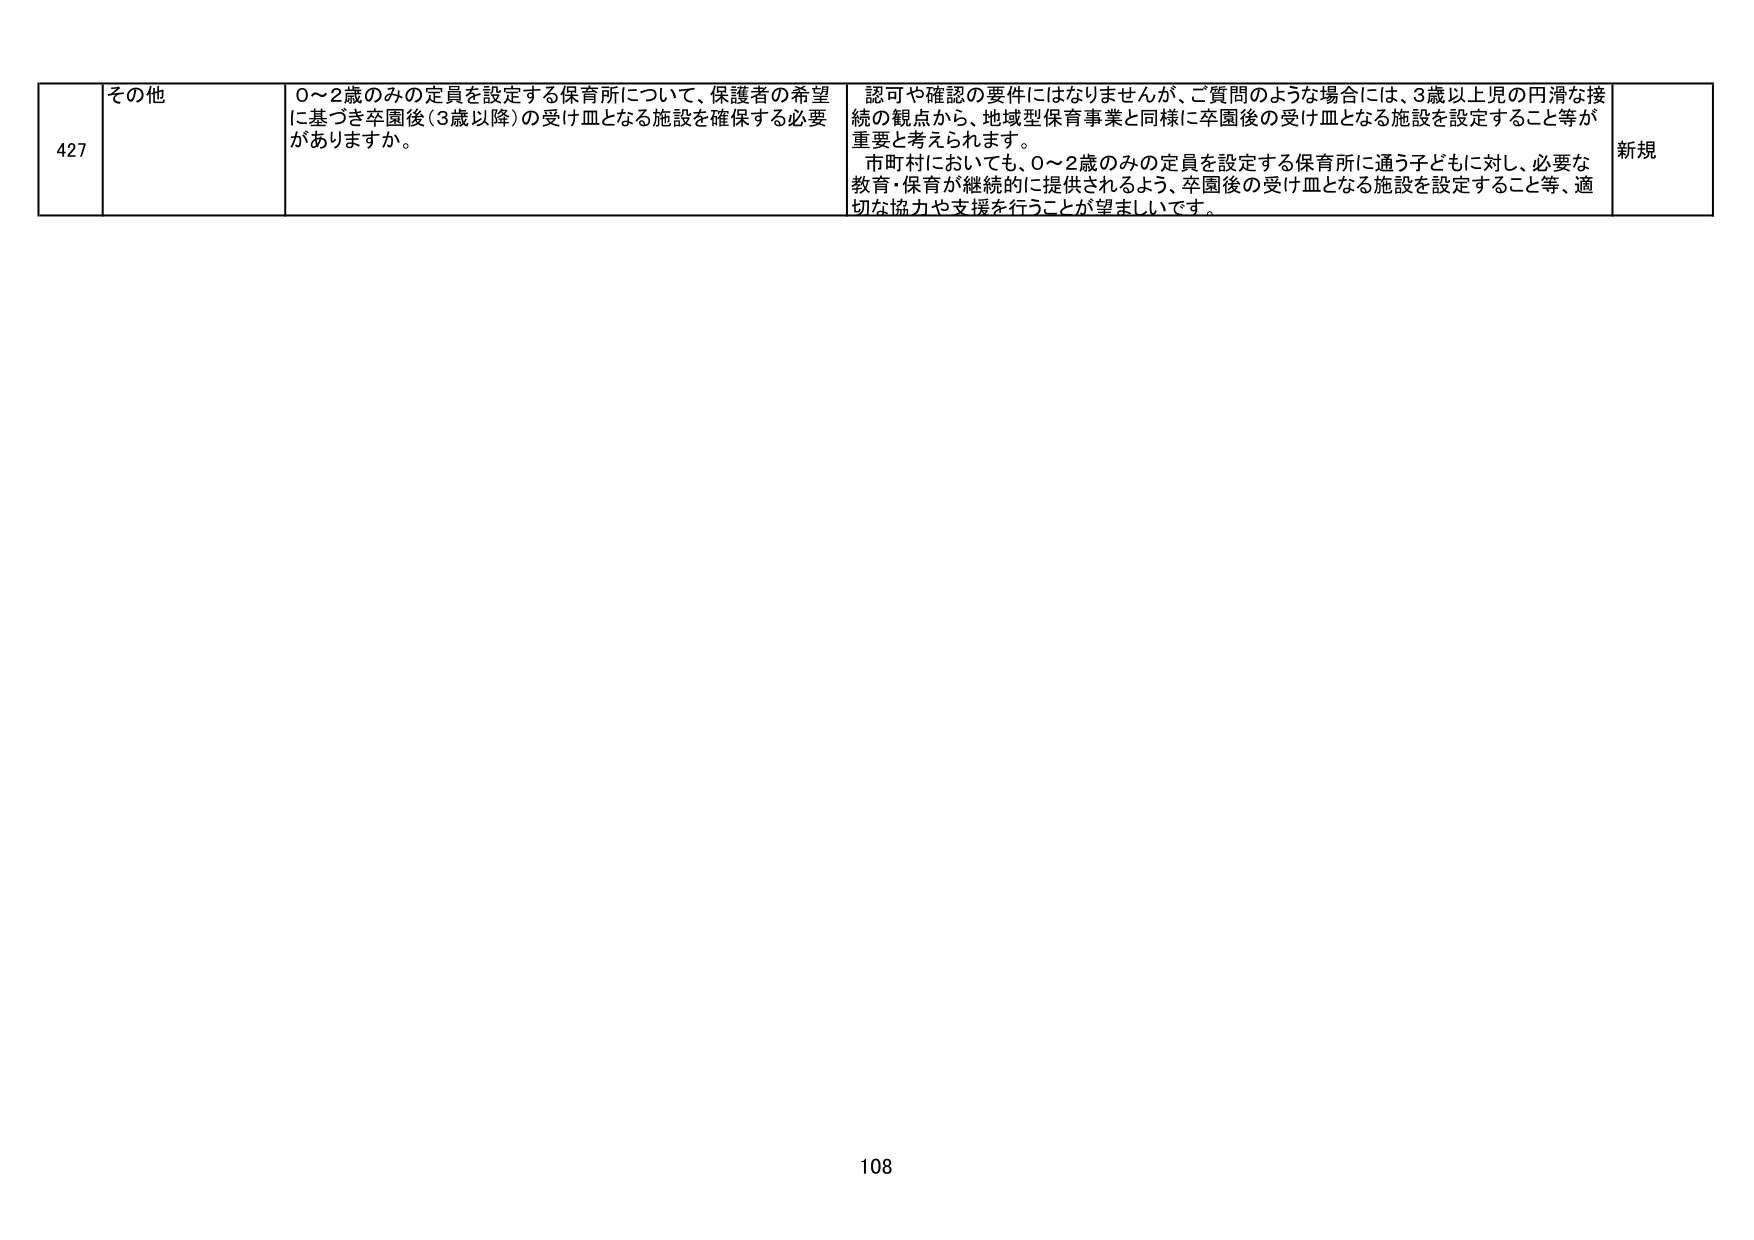
427 その他 0～2歳のみの定員を設定する保育所について、保護者の希望に基づき卒園後（3歳以降）の受け皿となる施設を確保する必要がありますか。 認可や確認の要件にはなりませんが、ご質問のような場合には、3歳以上児の円滑な接続の観点から、地域型保育事業と同様に卒園後の受け皿となる施設を設定すること等が重要と考えられます。 市町村においても、0～2歳のみの定員を設定する保育所に通う子どもに対し、必要な教育・保育が継続的に提供されるよう、卒園後の受け皿となる施設を設定すること等、適切な協力や支援を行うことが望ましいです。 新規 108